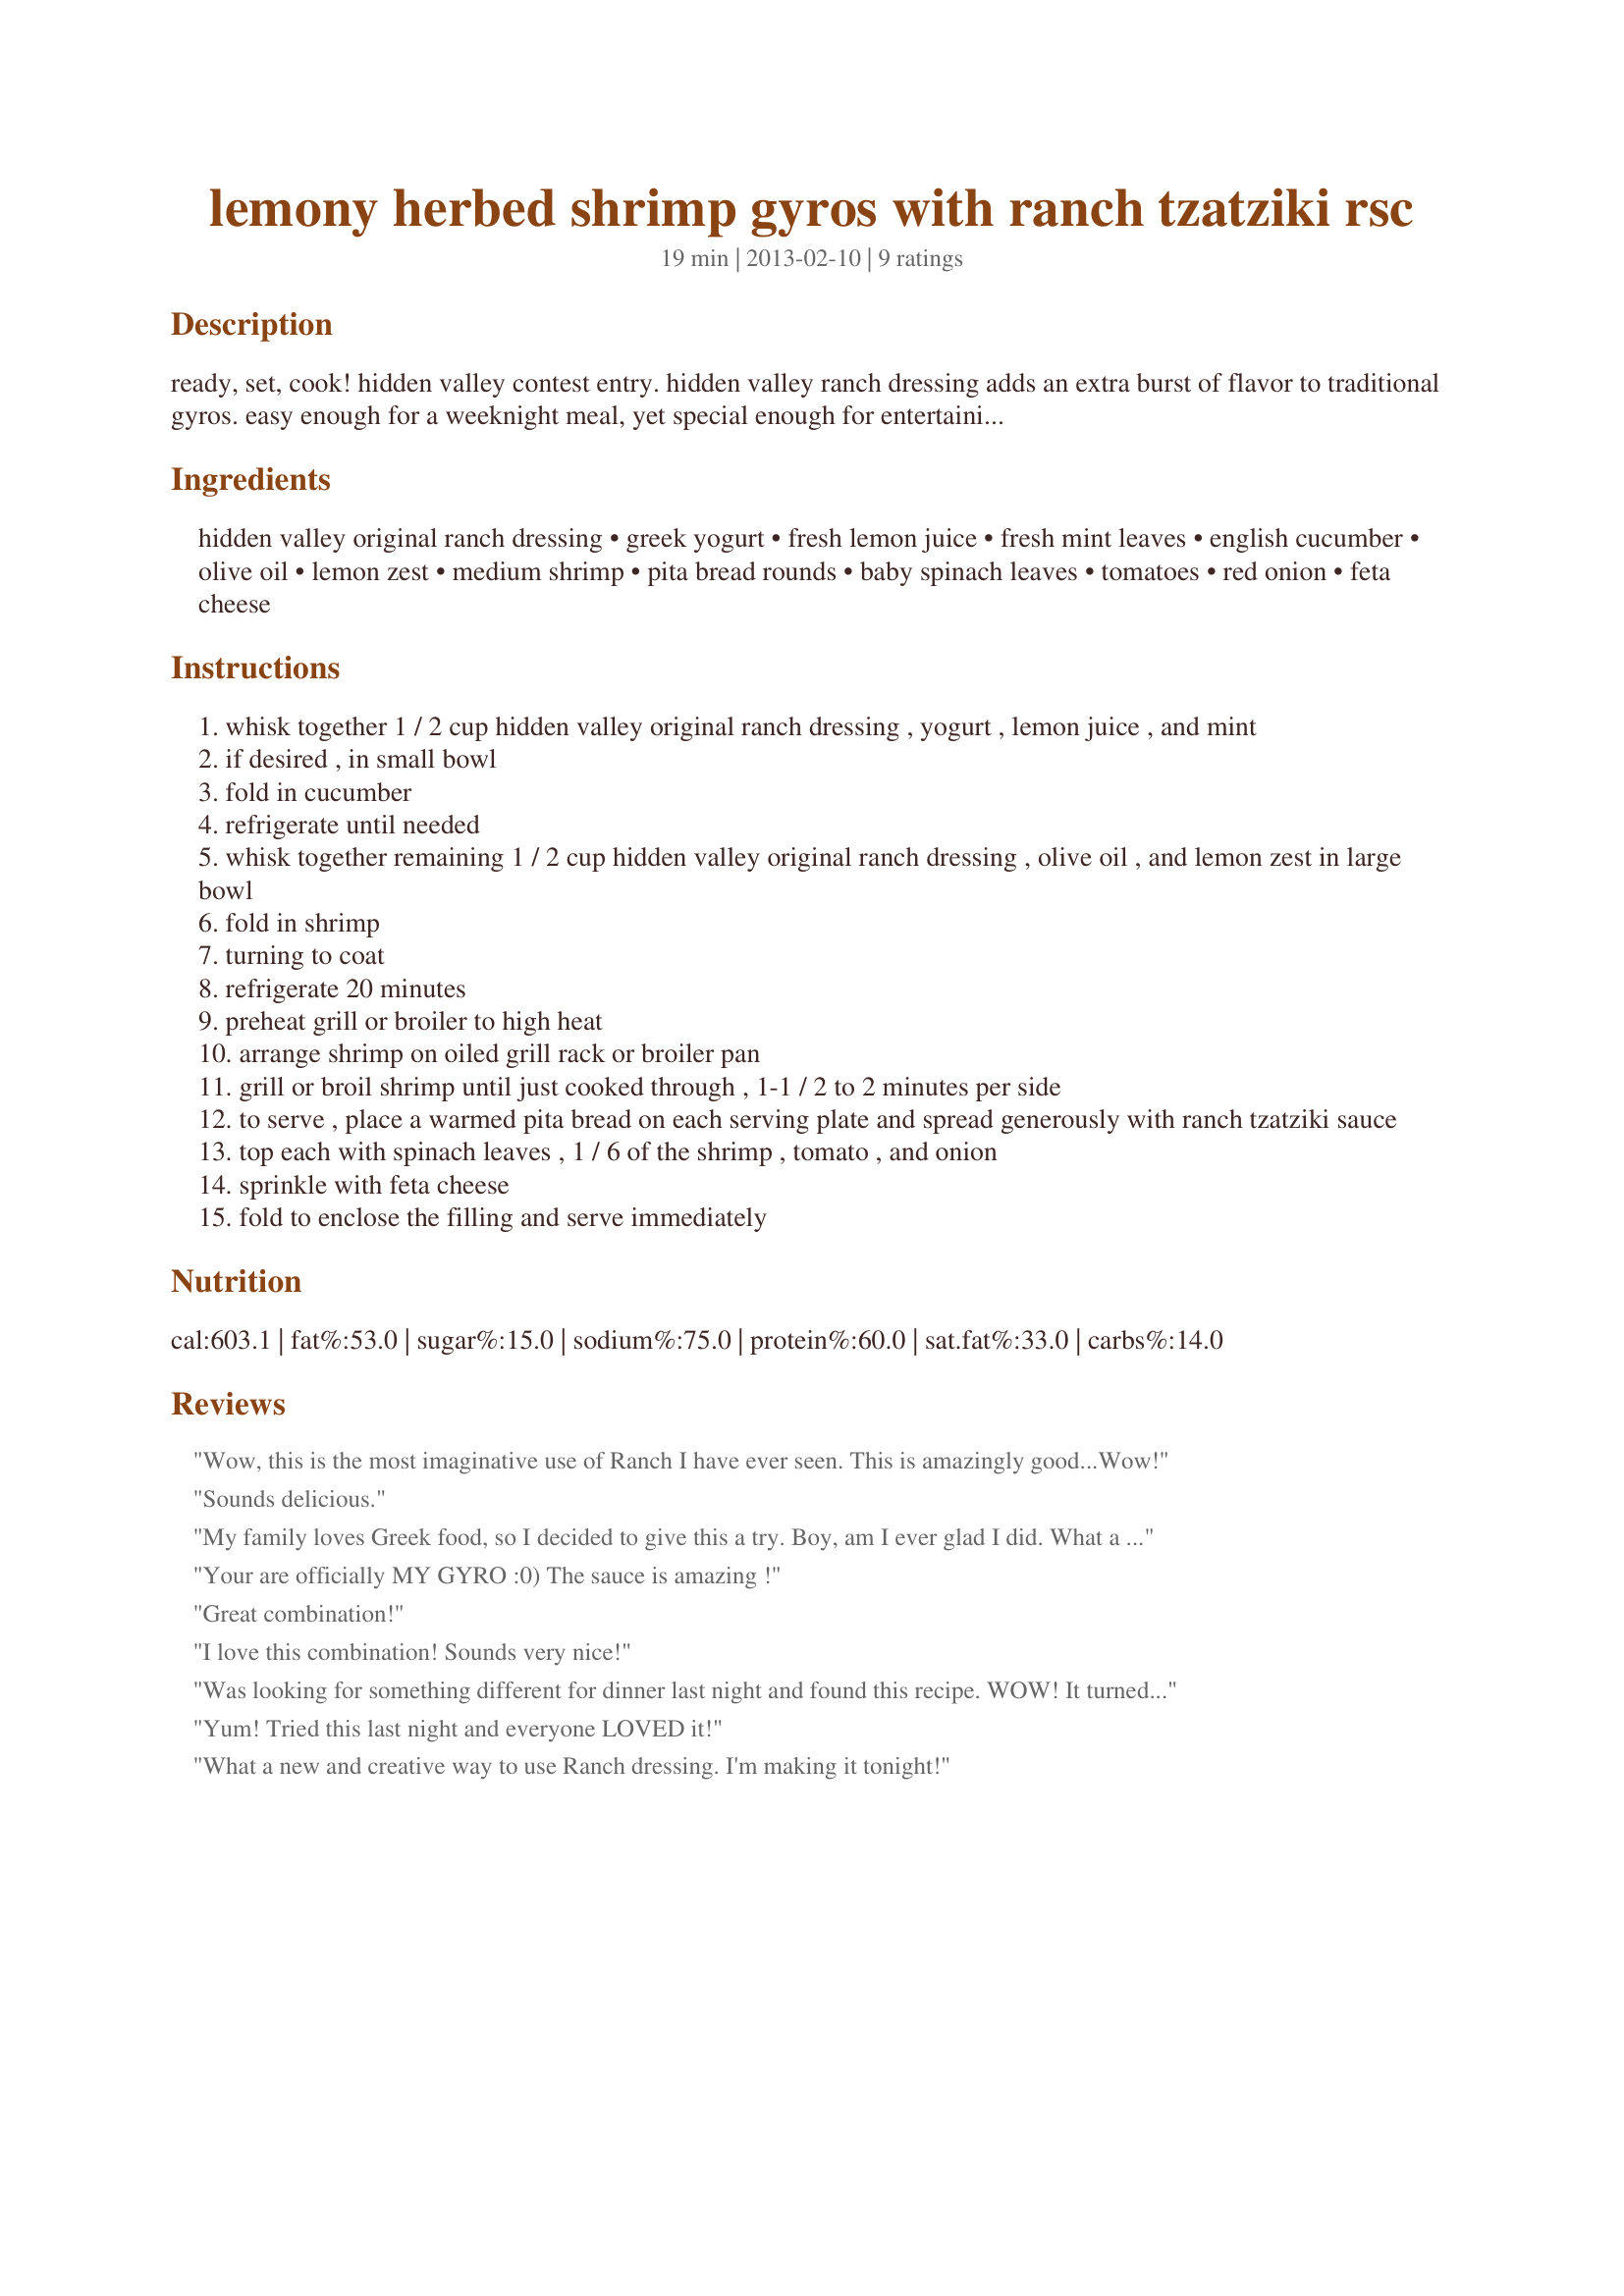
lemony herbed shrimp gyros with ranch tzatziki rsc
Preparation time: 19 minutes

ready, set, cook! hidden valley contest entry. hidden valley ranch dressing adds an extra burst of flavor to traditional gyros. easy enough for a weeknight meal, yet special enough for entertaining. savor every delicious bite.

Ingredients:
hidden valley original ranch dressing, greek yogurt, fresh lemon juice, fresh mint leaves, english cucumber, olive oil, lemon zest, medium shrimp, pita bread rounds, baby spinach leaves, tomatoes, red onion, feta cheese

Steps:
whisk together 1 / 2 cup hidden valley original ranch dressing , yogurt , lemon juice , and mint
if desired , in small bowl
fold in cucumber
refrigerate until needed
whisk together remaining 1 / 2 cup hidden valley original ranch dressing , olive oil , and lemon zest in large bowl
fold in shrimp
turning to coat
refrigerate 20 minutes
preheat grill or broiler to high heat
arrange shrimp on oiled grill rack or broiler pan
grill or broil shrimp until just cooked through , 1-1 / 2 to 2 minutes per side
to serve , place a warmed pita bread on each serving plate and spread generously with ranch tzatziki sauce
top each with spinach leaves , 1 / 6 of the shrimp , tomato , and onion
sprinkle with feta cheese
fold to enclose the filling and serve immediately

Reviews:
Wow, this is the most imaginative use of Ranch I have ever seen. This is amazingly good...Wow!
Sounds delicious.
My family loves Greek food, so I decided to give this a try. Boy, am I ever glad I did. What a great combination of flavors. Will definitely make again.
Your are officially MY GYRO :0) The sauce is amazing !
Great combination!
I love this combination! Sounds very nice!
Was looking for something different for dinner last night and found this recipe. WOW! It turned out great and I already have requests to make it again. It's a keeper!
Yum! Tried this last night and everyone LOVED it!
What a new and creative way to use Ranch dressing. I'm making it tonight!
